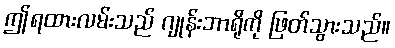
ဤရထားလမ်းသည် ဂျုန်းဘာရိုကို ဖြတ်သွားသည်။